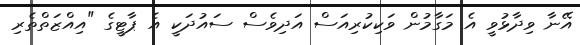
އޭނާ ވިދާޅުވީ އެ މަގާމުން ވަކިކުރިއަސް އަދިވެސް ސައުދަކީ އެ ޕާޓީގެ "އިއްޒަތްތެރި